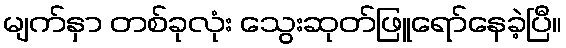
မျက်နှာ တစ်ခုလုံး သွေးဆုတ်ဖြူရော်နေခဲ့ပြီ။